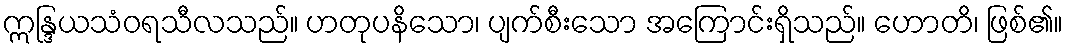
ဣန္ဒြယသံဝရသီလသည်။ ဟတုပနိသော၊ ပျက်စီးသော အကြောင်းရှိသည်။ ဟောတိ၊ ဖြစ်၏။